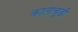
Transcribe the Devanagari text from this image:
कालाचूडी